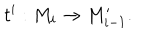
t ^ { i } : M _ { i } \rightarrow M _ { i - 1 } ^ { \prime } .